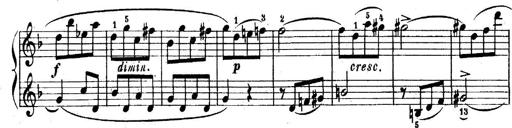
Title: 6 Piano Sonatinas
Composer: Cornelius Gurlitt